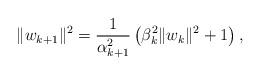
LaTeX: \begin{align*}\|w_{k+1}\|^{2}=\frac{1}{\alpha_{k+1}^{2}}\left(\beta_{k}^{2}\|w_{k}\|^{2}+1\right),\end{align*}